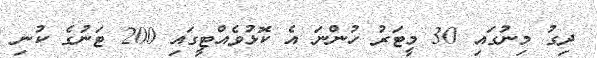
ދިގު މިނުގައި 30 މީޓަރު ހުންނަ އެ ކޮޅުވެއްޓީގައި 200 ޓަނުގެ ކުނި